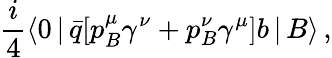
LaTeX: {\frac{i}{4}}\langle 0\, |\, \bar{q}[p_{B}^{\mu}\gamma^{\nu}+p_{B}^{\nu}\gamma^{\mu}]b\, |\, B\rangle\, ,